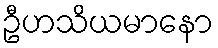
ဦဟသိယမာနော